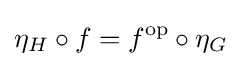
\eta _{H}\circ f=f^{\text{op}}\circ \eta _{G}